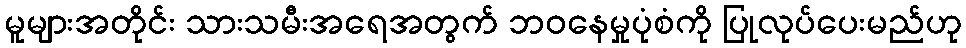
မူများအတိုင်း သားသမီးအရေအတွက် ဘဝနေမှုပုံစံကို ပြုလုပ်ပေးမည်ဟု